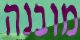
מובנה